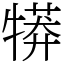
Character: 𤛘